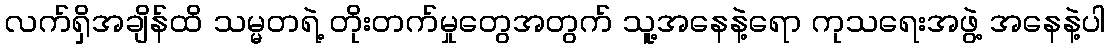
လက်ရှိအချိန်ထိ သမ္မတရဲ့ တိုးတက်မှုတွေအတွက် သူ့အနေနဲ့ရော ကုသရေးအဖွဲ့ အနေနဲ့ပါ